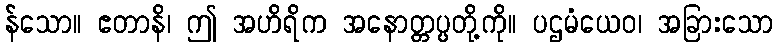
န်သော။ ဧတာနိ၊ ဤ အဟိရိက အနောတ္တပ္ပတို့ကို။ ပဌမံယေဝ၊ အခြားသော